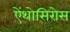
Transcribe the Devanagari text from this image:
ऐंथोसिरोस